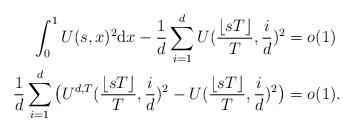
LaTeX: \begin{align*} \int_0^1 U(s,x)^2 \mathrm{d}x-\frac{1}{d}\sum_{i=1}^d U(\frac{\lfloor sT \rfloor}{T},\frac{i}{d})^2&=o(1)\\ \frac{1}{d}\sum_{i=1}^d \big( U^{d,T}(\frac{\lfloor sT \rfloor}{T},\frac{i}{d})^2-U(\frac{\lfloor sT \rfloor}{T},\frac{i}{d})^2 \big)&=o(1). \end{align*}